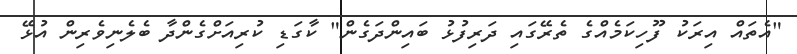
"އެތައް އިރަކު ފޫހިކަމެއްގެ ތެރޭގައި ދަރިފުޅު ބައިންދަގެން" ކާގަޑި ކުރިއަށްގެންދާ ބެލެނިވެރިން އުޅޭ